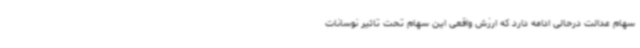
سهام عدالت درحالی ادامه دارد که ارزش واقعی این سهام تحت تاثیر نوسانات